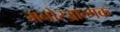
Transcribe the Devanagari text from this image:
मनोरञ्जात्मक